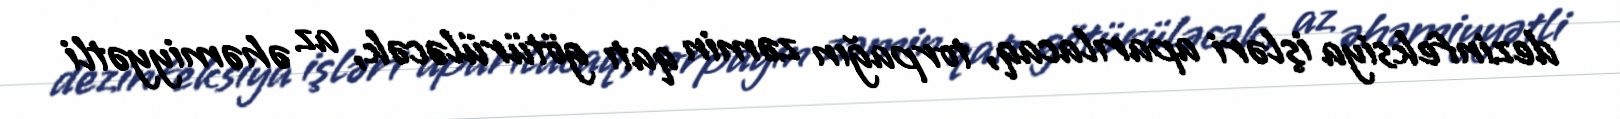
dezinfeksiya işləri aparılacaq, torpağın zəmin qatı götürüləcək, az əhəmiyyətli